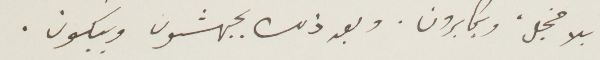
بلا خجل، ويكابرون. وبعد ذلك يجهشون ويبكون.